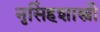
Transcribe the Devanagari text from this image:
नृसिंहशास्त्री